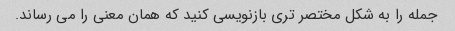
جمله را به شکل مختصر تری بازنویسی کنید که همان معنی را می رساند.